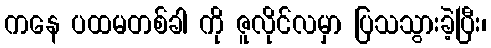
ကနေ ပထမတစ်ခါ ကို ဇူလိုင်လမှာ ပြသသွားခဲ့ပြီး၊